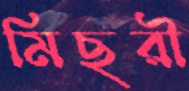
মিছরী